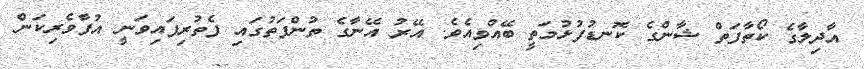
އާދިލާގެ ކޯތާފަތް ޝާންގެ ކޮނޑުފުޅުމަތީ ބޭއްވިއެވެ. އޭރު އޭނާގެ ތުންފަތުގައި ފެތުރިފައިވަނީ އުފާވެރިކަން